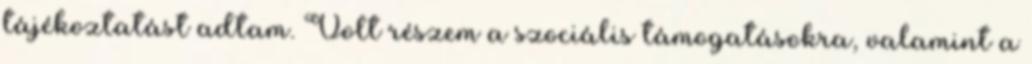
tájékoztatást adtam. Volt részem a szociális támogatásokra, valamint a